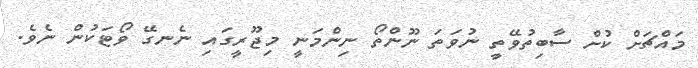
މައްޗަށް ކުށް ސާބިތުވޭތީ ނުވަތަ ނޫންތޯ ނިންމަނީ މިޖޫރީގައި ނެނގޭ ވޯޓަކުން ނެވެ.